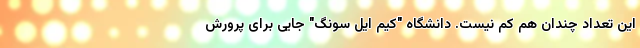
این تعداد چندان هم کم نیست. دانشگاه "کیم ایل سونگ" جایی برای پرورش